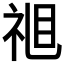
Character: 𱲶